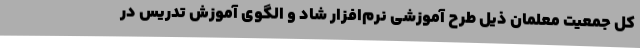
کل جمعیت معلمان ذیل طرح آموزشی نرم‌افزار شاد و الگوی آموزش تدریس در